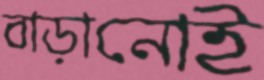
বাড়ানোই